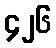
၄၂၆